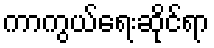
ကာကွယ်ရေးဆိုင်ရာ